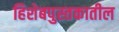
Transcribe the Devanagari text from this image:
हिशेबपुस्तकातील